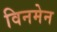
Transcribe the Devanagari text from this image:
विनमेन